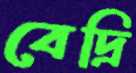
বেদ্রি